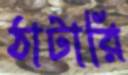
ঠাটারি